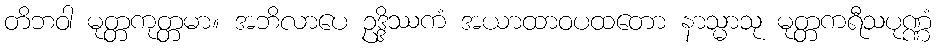
တိဘဝါ မုတ္တကုတ္တမာ။ အဘိလာပေ ဥဒ္ဒိဿကံ အယာထာဝပထတော နာသ္မာသု မုတ္တကရီသပုဏ္ဏံ